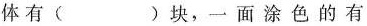
体有( )块，一面涂色的有